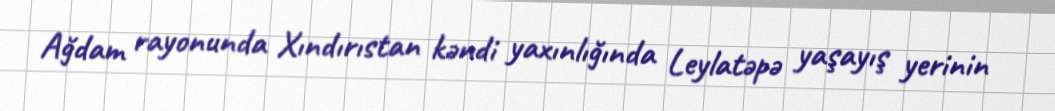
Ağdam rayonunda Xındırıstan kəndi yaxınlığında Leylatəpə yaşayış yerinin